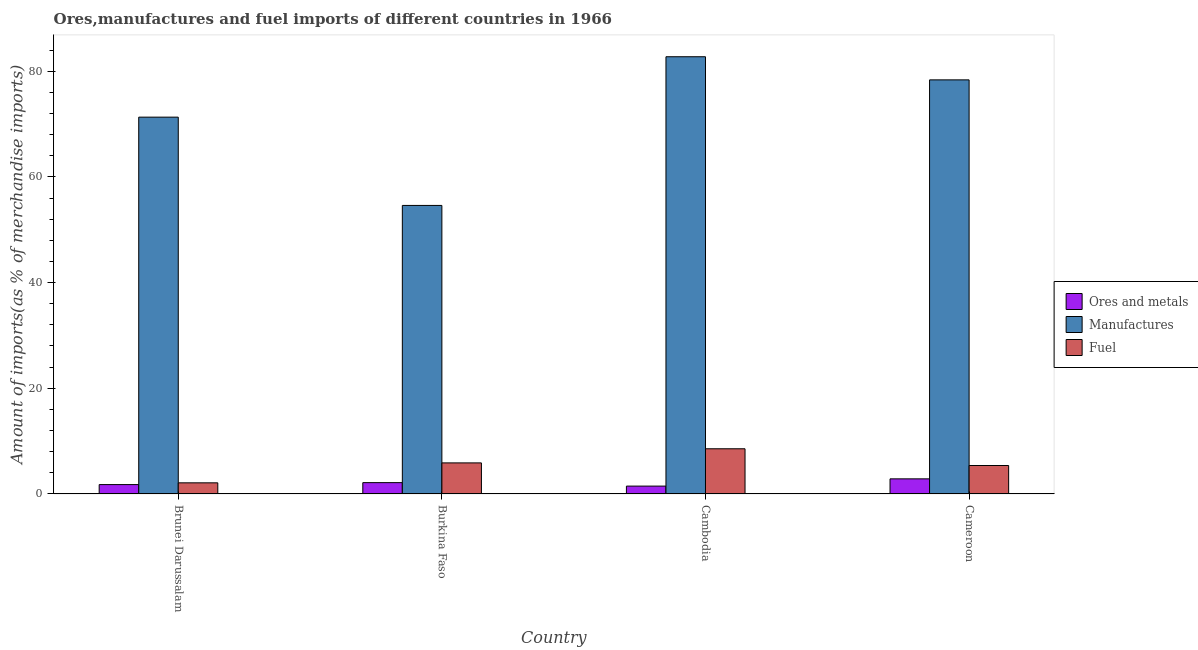
| Country | Ores and metals | Manufactures | Fuel |
 | --- | --- | --- | --- |
 | Brunei Darussalam | 1.78 | 71.3 | 2.11 |
 | Burkina Faso | 2.15 | 54.6 | 5.88 |
 | Cambodia | 1.49 | 82.7 | 8.55 |
 | Cameroon | 2.86 | 78.4 | 5.39 |